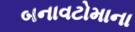
બનાવટોમાના